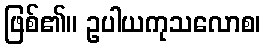
ဖြစ်၏။ ဥပါယကုသလောစ၊